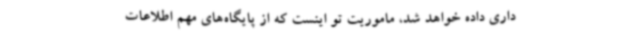
داری داده خواهد شد، ماموریت تو اینست که از پایگاه‌های مهم اطلاعات